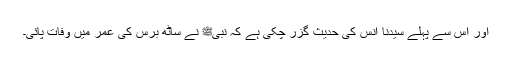
اور اس سے پہلے سیدنا انسؓ کی حدیث گزر چکی ہے کہ نبیﷺ نے ساٹھ برس کی عمر میں وفات پائی۔